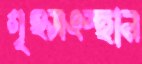
গৃহসংস্থান